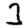
Digit: 3